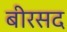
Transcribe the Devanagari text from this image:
बीरसद